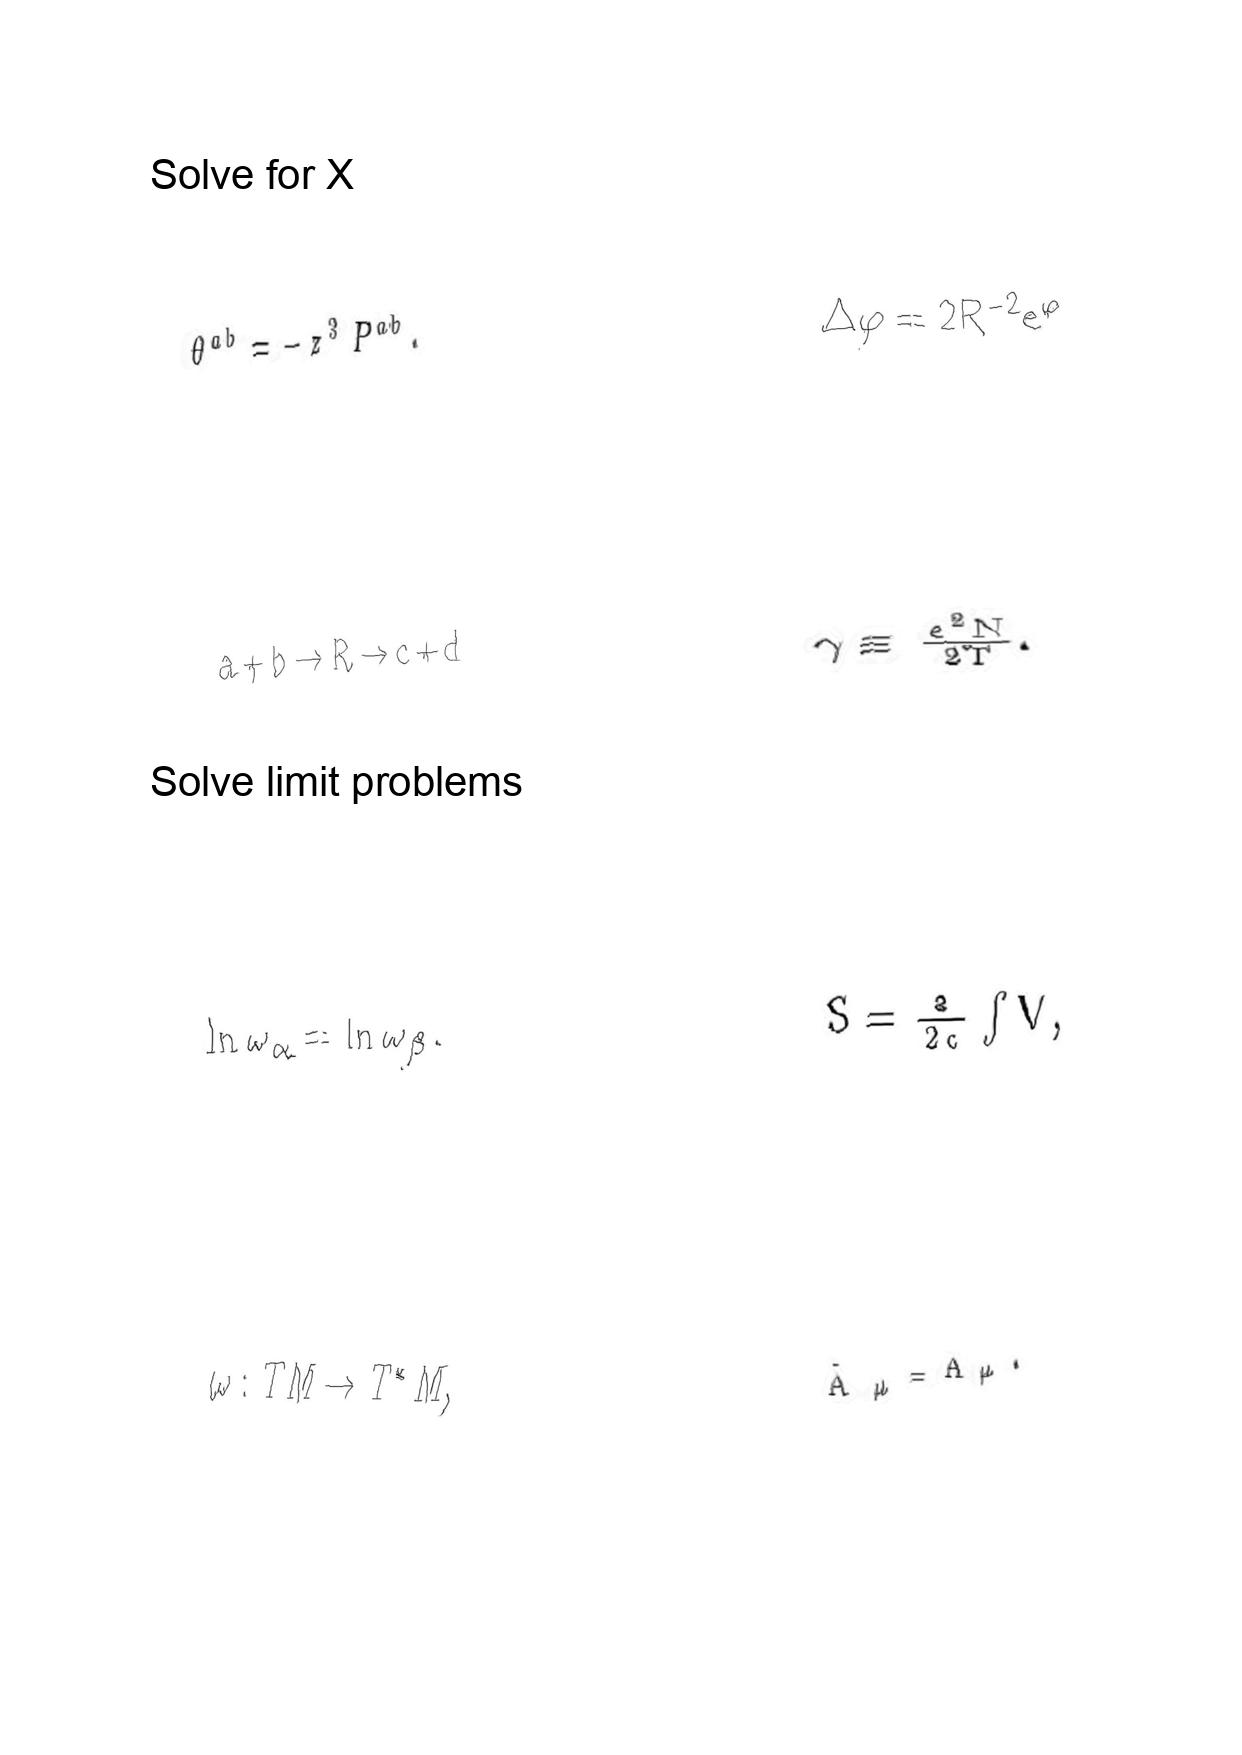
LaTeX transcription:
\theta ^ { a b } = - z ^ { 3 } P ^ { a b } .
a + b \rightarrow R \rightarrow c + d
\ln \omega _ { \alpha } = \ln \omega _ { \beta } .
\omega : T M \rightarrow T ^ { \ast } M ,
\Delta \varphi = 2 R ^ { - 2 } e ^ { \varphi }
\gamma \equiv \frac { e ^ { 2 } N } { 2 T } .
S = \frac { a } { 2 c } \int V ,
\tilde { A } _ { \mu } = A _ { \mu } .